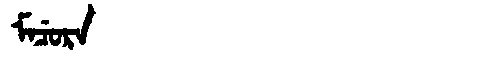
Manchu: ᠮᠠᠴᡠᡵᠠ
Romanization: MACURA